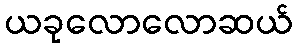
ယခုလောလောဆယ်